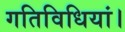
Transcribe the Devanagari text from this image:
गतिविधियां।